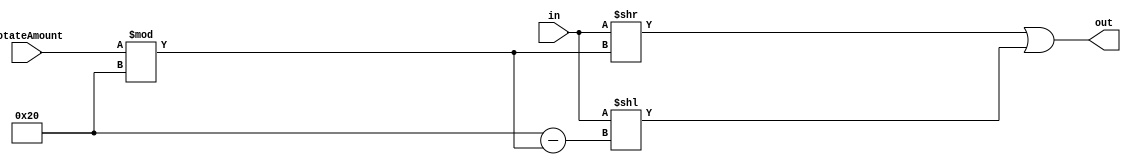
// Rotate Right 

module rotateR #(parameter BITS=32)(
	input [BITS-1:0] in,
	input [BITS-1:0] rotateAmount,
	output wire [BITS-1:0] out
);

	assign out = ((in >> (rotateAmount % BITS))|(in << (BITS-(rotateAmount % BITS))));
endmodule